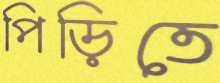
পিড়িতে